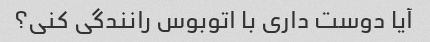
آیا دوست داری با اتوبوس رانندگی کنی؟